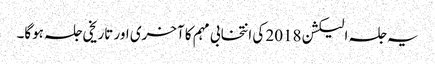
یہ جلسہ الیکشن 2018 کی انتخابی مہم کا آخری اور تاریخی جلسہ ہوگا۔